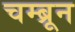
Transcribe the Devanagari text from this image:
चम्ब्रून